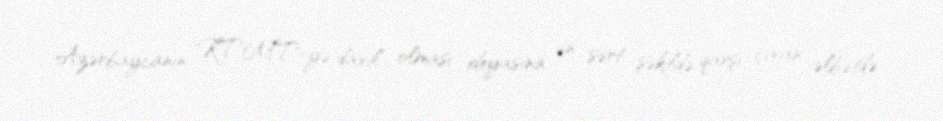
Azərbaycanın KTMT-yə daxil olması ideyasına ən sərt şəkildə qarşı çıxan əlbətdə